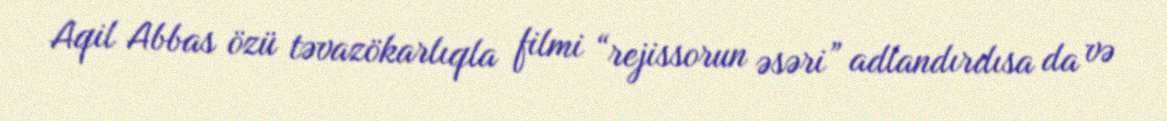
Aqil Abbas özü təvazökarlıqla filmi “rejissorun əsəri” adlandırdısa da və